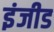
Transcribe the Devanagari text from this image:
इंजीड